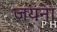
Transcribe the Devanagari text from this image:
जयना